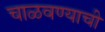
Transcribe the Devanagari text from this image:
चाळवण्याची